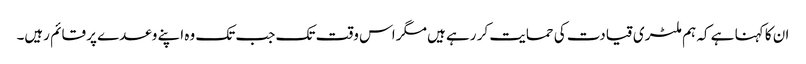
ان کا کہنا ہے کہ ہم ملٹری قیادت کی حمایت کر رہے ہیں مگر اس وقت تک جب تک وہ اپنے وعدے پر قائم رہیں۔